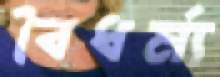
বৈধর্ম্য